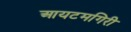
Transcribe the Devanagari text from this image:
आयटमगिरी